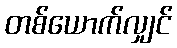
တစ်ယောက်လျှင်